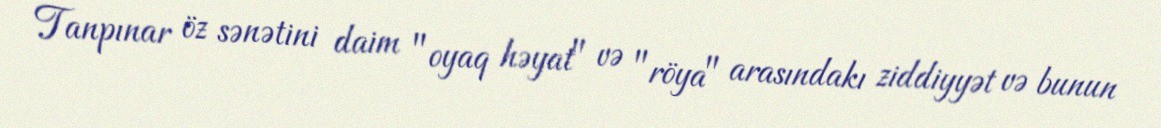
Tanpınar öz sənətini daim "oyaq həyat" və "röya" arasındakı ziddiyyət və bunun